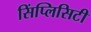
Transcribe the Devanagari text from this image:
सिंप्लिसिटी